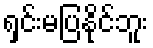
ရှင်းမပြနိုင်ဘူး